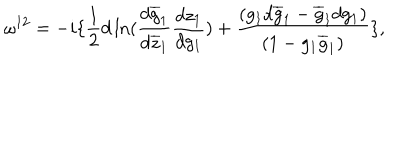
\omega ^ { 1 2 } = - i \{ \frac { 1 } { 2 } d \ln ( \frac { d \overline { { { g } } } _ { 1 } } { d \overline { { { z } } } _ { 1 } } \frac { d z _ { 1 } } { d g _ { 1 } } ) + \frac { ( g _ { 1 } d \overline { { { g } } } _ { 1 } - \overline { { { g } } } _ { 1 } d g _ { 1 } ) } { ( 1 - g _ { 1 } \overline { { { g } } } _ { 1 } ) } \} ,